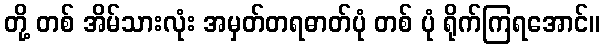
တို့ တစ် အိမ်သားလုံး အမှတ်တရဓာတ်ပုံ တစ် ပုံ ရိုက်ကြရအောင်။